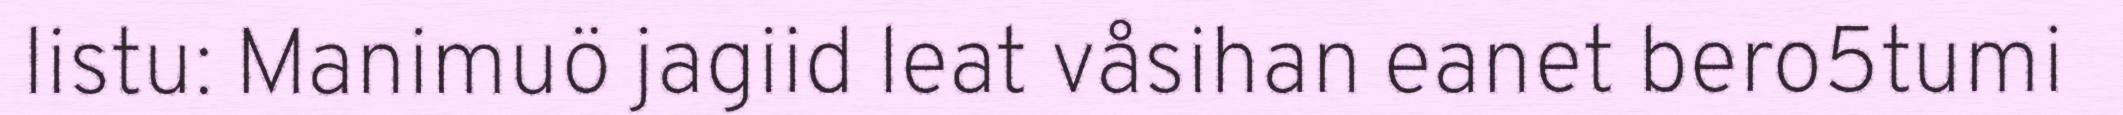
listu: Manimuö jagiid leat våsihan eanet bero5tumi